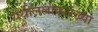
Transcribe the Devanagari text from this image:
येथीललोकसंख्या